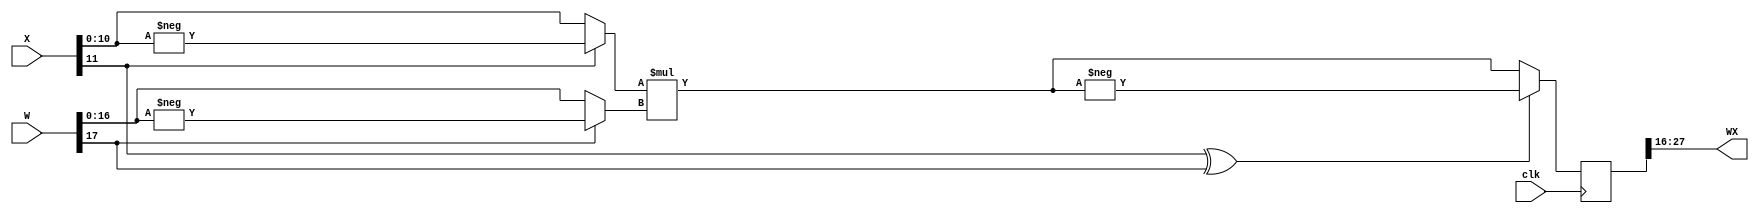
module MULT18x12 (input [11:0] X, output wire[11:0] WX, //WX=X*W/2^16
                  input [17:0] W,
                  input clk);

  reg[27:0] P=0 ; //  P=X*W

  wire SX=X[11] ; // X
  wire SW=W[17] ; //   W
  wire SP= SX^SW ; // 

  wire [10:0]mod_X = SX? -X : X ; // X
  wire [16:0]mod_W = SW? -W : W ; //   W
  wire [27:0]mod_P = mod_X*mod_W; //  X  W

  assign WX = P>>16 ; // P[27:0]  2^16
  always @ (posedge clk) begin
    P = SP? -mod_P : mod_P ; //  
  end

endmodule